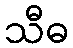
သီဓ